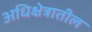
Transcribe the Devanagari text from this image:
अधिक्षेत्रातील